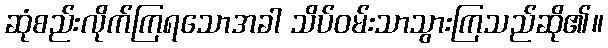
ဆုံစည်းလိုက်ကြရသောအခါ သိပ်ဝမ်းသာသွားကြသည်ဆို၏။